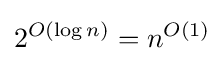
2^{O(\log n)}=n^{O(1)}